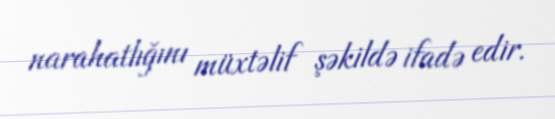
narahatlığını müxtəlif şəkildə ifadə edir.